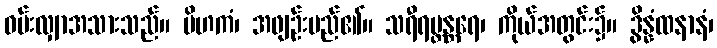
ဝမ်းလျှာအသားသည်။ ပိဟကံ၊ အဖျဉ်းမည်၏။ သရီရဗ္တန္တရေ၊ ကိုယ်အတွင်း၌။ ဒွိန္နံထနာနံ၊